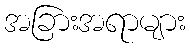
အခြားအရာများ